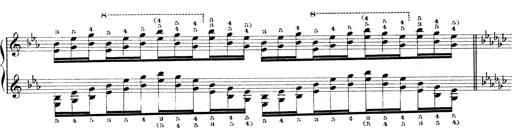
Title: Technische Studien
Composer: Franz Liszt